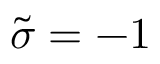
\tilde { \sigma } = - 1